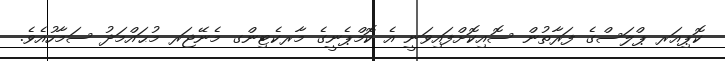
ކޮޕިއަރ ޕްލަސްގެ ފަރާތުން ސޮއިކޮށްފައިވަނީ އެ ކޮމްޕެނީގެ މާރކެޓިންގ މެނޭޖަރ މުޙައްމަދު ސަމާހުއެވެ.